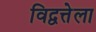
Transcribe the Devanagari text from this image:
विद्वत्तेला